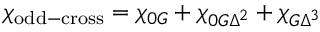
\chi _ { \mathrm { o d d - c r o s s } } = \chi _ { 0 G } + \chi _ { 0 G \Delta ^ { 2 } } + \chi _ { G \Delta ^ { 3 } }